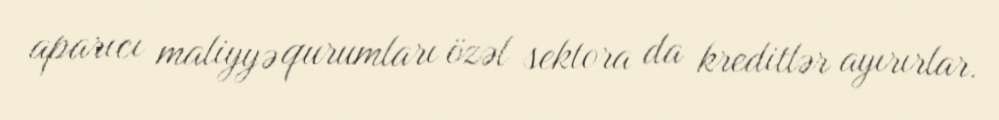
aparıcı maliyyə qurumları özəl sektora da kreditlər ayırırlar.